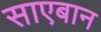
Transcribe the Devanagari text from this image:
साएबान